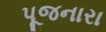
પૂજનારા